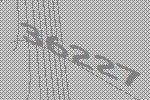
36227